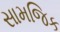
સામજિક